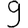
Digit: 9